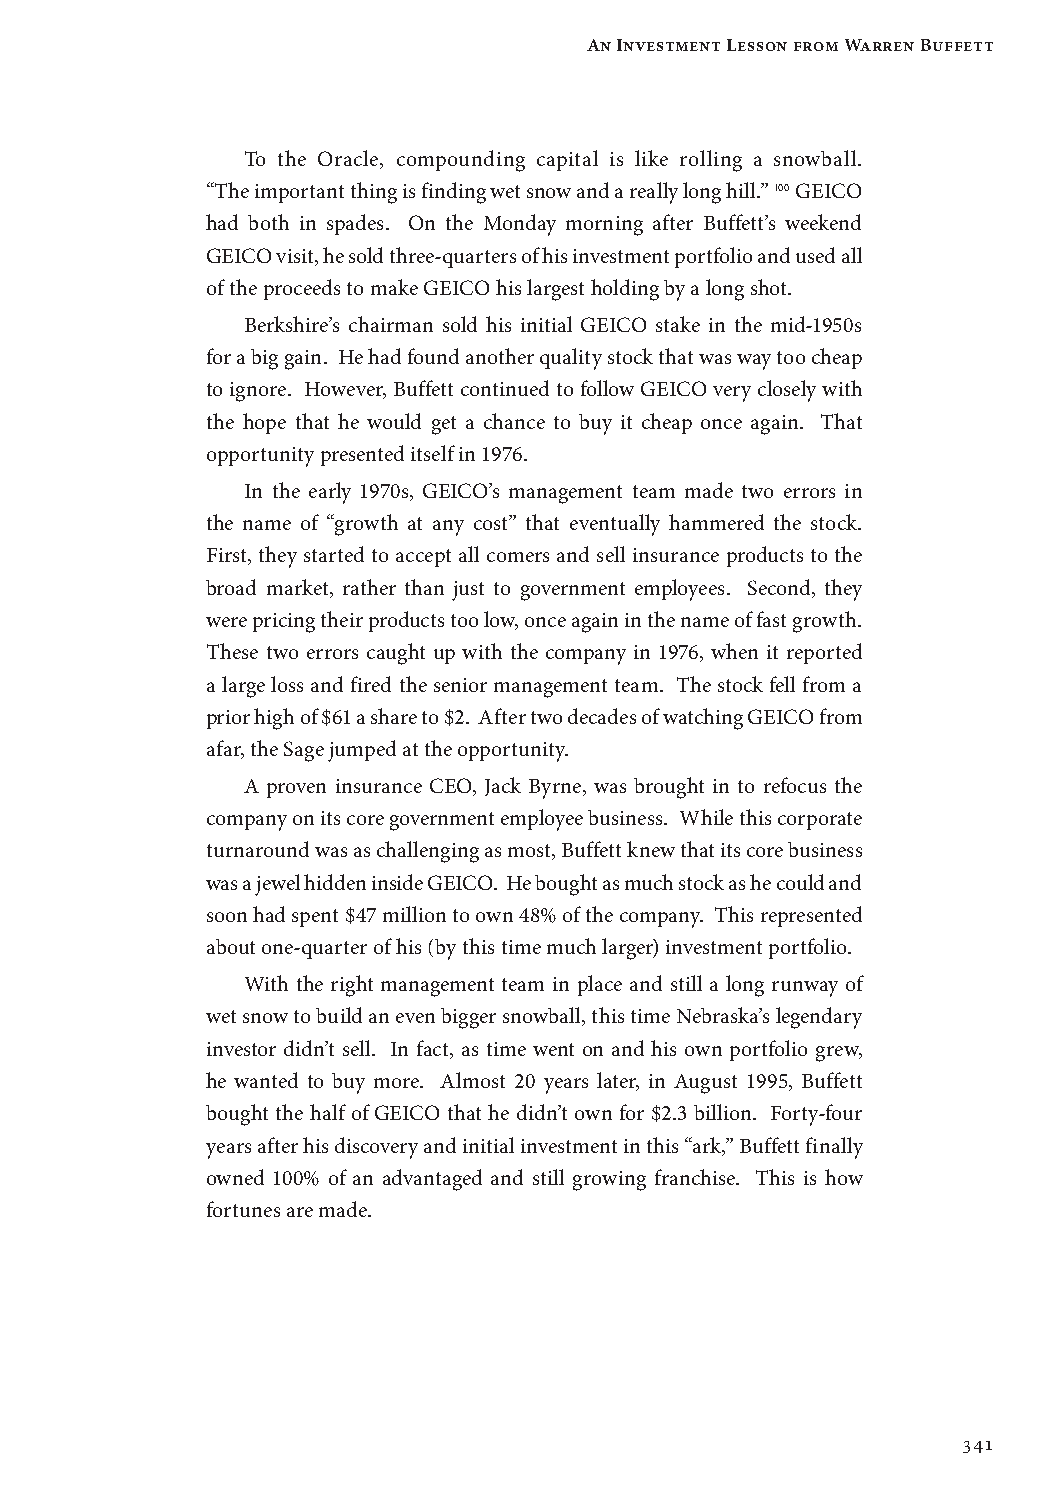
An Investment Lesson from Warren Buffett
 To the Oracle, compounding capital is like rolling a snowball.
 “The important thing is finding wet snow and a really long hill.” 100 GEICO
 had both in spades. On the Monday morning after Buffett’s weekend
 GEICO visit, he sold three-quarters of his investment portfolio and used all
 of the proceeds to make GEICO his largest holding by a long shot.
 Berkshire’s chairman sold his initial GEICO stake in the mid-1950s
 for a big gain. He had found another quality stock that was way too cheap
 to ignore. However, Buffett continued to follow GEICO very closely with
 the hope that he would get a chance to buy it cheap once again. That
 opportunity presented itself in 1976.
 In the early 1970s, GEICO’s management team made two errors in
 the name of “growth at any cost” that eventually hammered the stock.
 First, they started to accept all comers and sell insurance products to the
 broad market, rather than just to government employees. Second, they
 were pricing their products too low, once again in the name of fast growth.
 These two errors caught up with the company in 1976, when it reported
 a large loss and fired the senior management team. The stock fell from a
 prior high of $61 a share to $2. After two decades of watching GEICO from
 afar, the Sage jumped at the opportunity.
 A proven insurance CEO, Jack Byrne, was brought in to refocus the
 company on its core government employee business. While this corporate
 turnaround was as challenging as most, Buffett knew that its core business
 was a jewel hidden inside GEICO. He bought as much stock as he could and
 soon had spent $47 million to own 48% of the company. This represented
 about one-quarter of his (by this time much larger) investment portfolio.
 With the right management team in place and still a long runway of
 wet snow to build an even bigger snowball, this time Nebraska’s legendary
 investor didn’t sell. In fact, as time went on and his own portfolio grew,
 he wanted to buy more. Almost 20 years later, in August 1995, Buffett
 bought the half of GEICO that he didn’t own for $2.3 billion. Forty-four
 years after his discovery and initial investment in this “ark,” Buffett finally
 owned 100% of an advantaged and still growing franchise. This is how
 fortunes are made.
 341